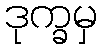
ဒုက္ခမှ